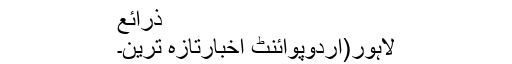
ذرائع
لاہور(اردوپوائنٹ اخبارتازہ ترین۔